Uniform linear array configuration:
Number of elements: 24
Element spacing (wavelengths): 0.75
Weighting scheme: cosine
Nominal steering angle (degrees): -30
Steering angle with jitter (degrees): -29.646
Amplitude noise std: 0.05
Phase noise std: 0.05

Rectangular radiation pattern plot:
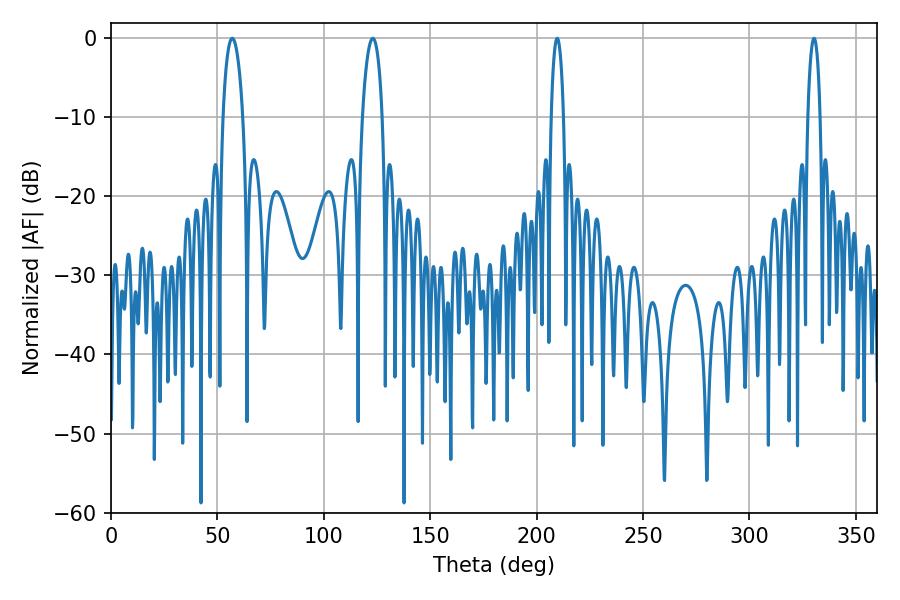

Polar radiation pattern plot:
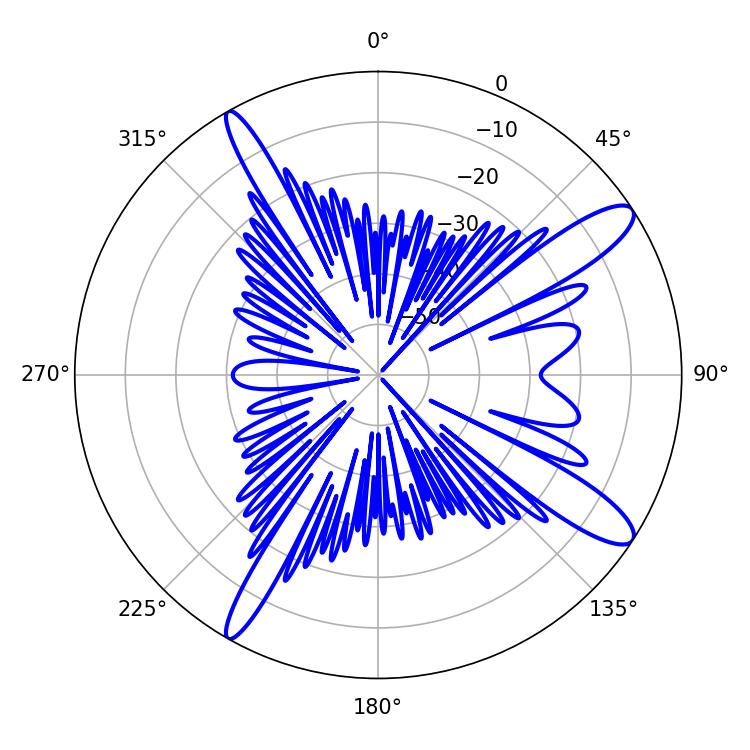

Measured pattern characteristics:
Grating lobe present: TRUE
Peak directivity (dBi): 12.591
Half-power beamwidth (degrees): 3.24
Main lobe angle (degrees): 209.7